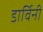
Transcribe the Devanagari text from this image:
डार्विनी